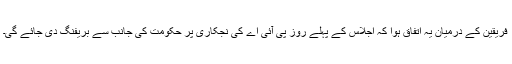
فریقین کے درمیان یہ اتفاق ہوا کہ اجلاس کے پہلے روز پی آئی اے کی نجکاری پر حکومت کی جانب سے بریفنگ دی جائے گی۔